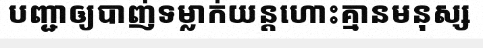
បញ្ជាឲ្យបាញ់ទម្លាក់យន្តហោះគ្មានមនុស្ស